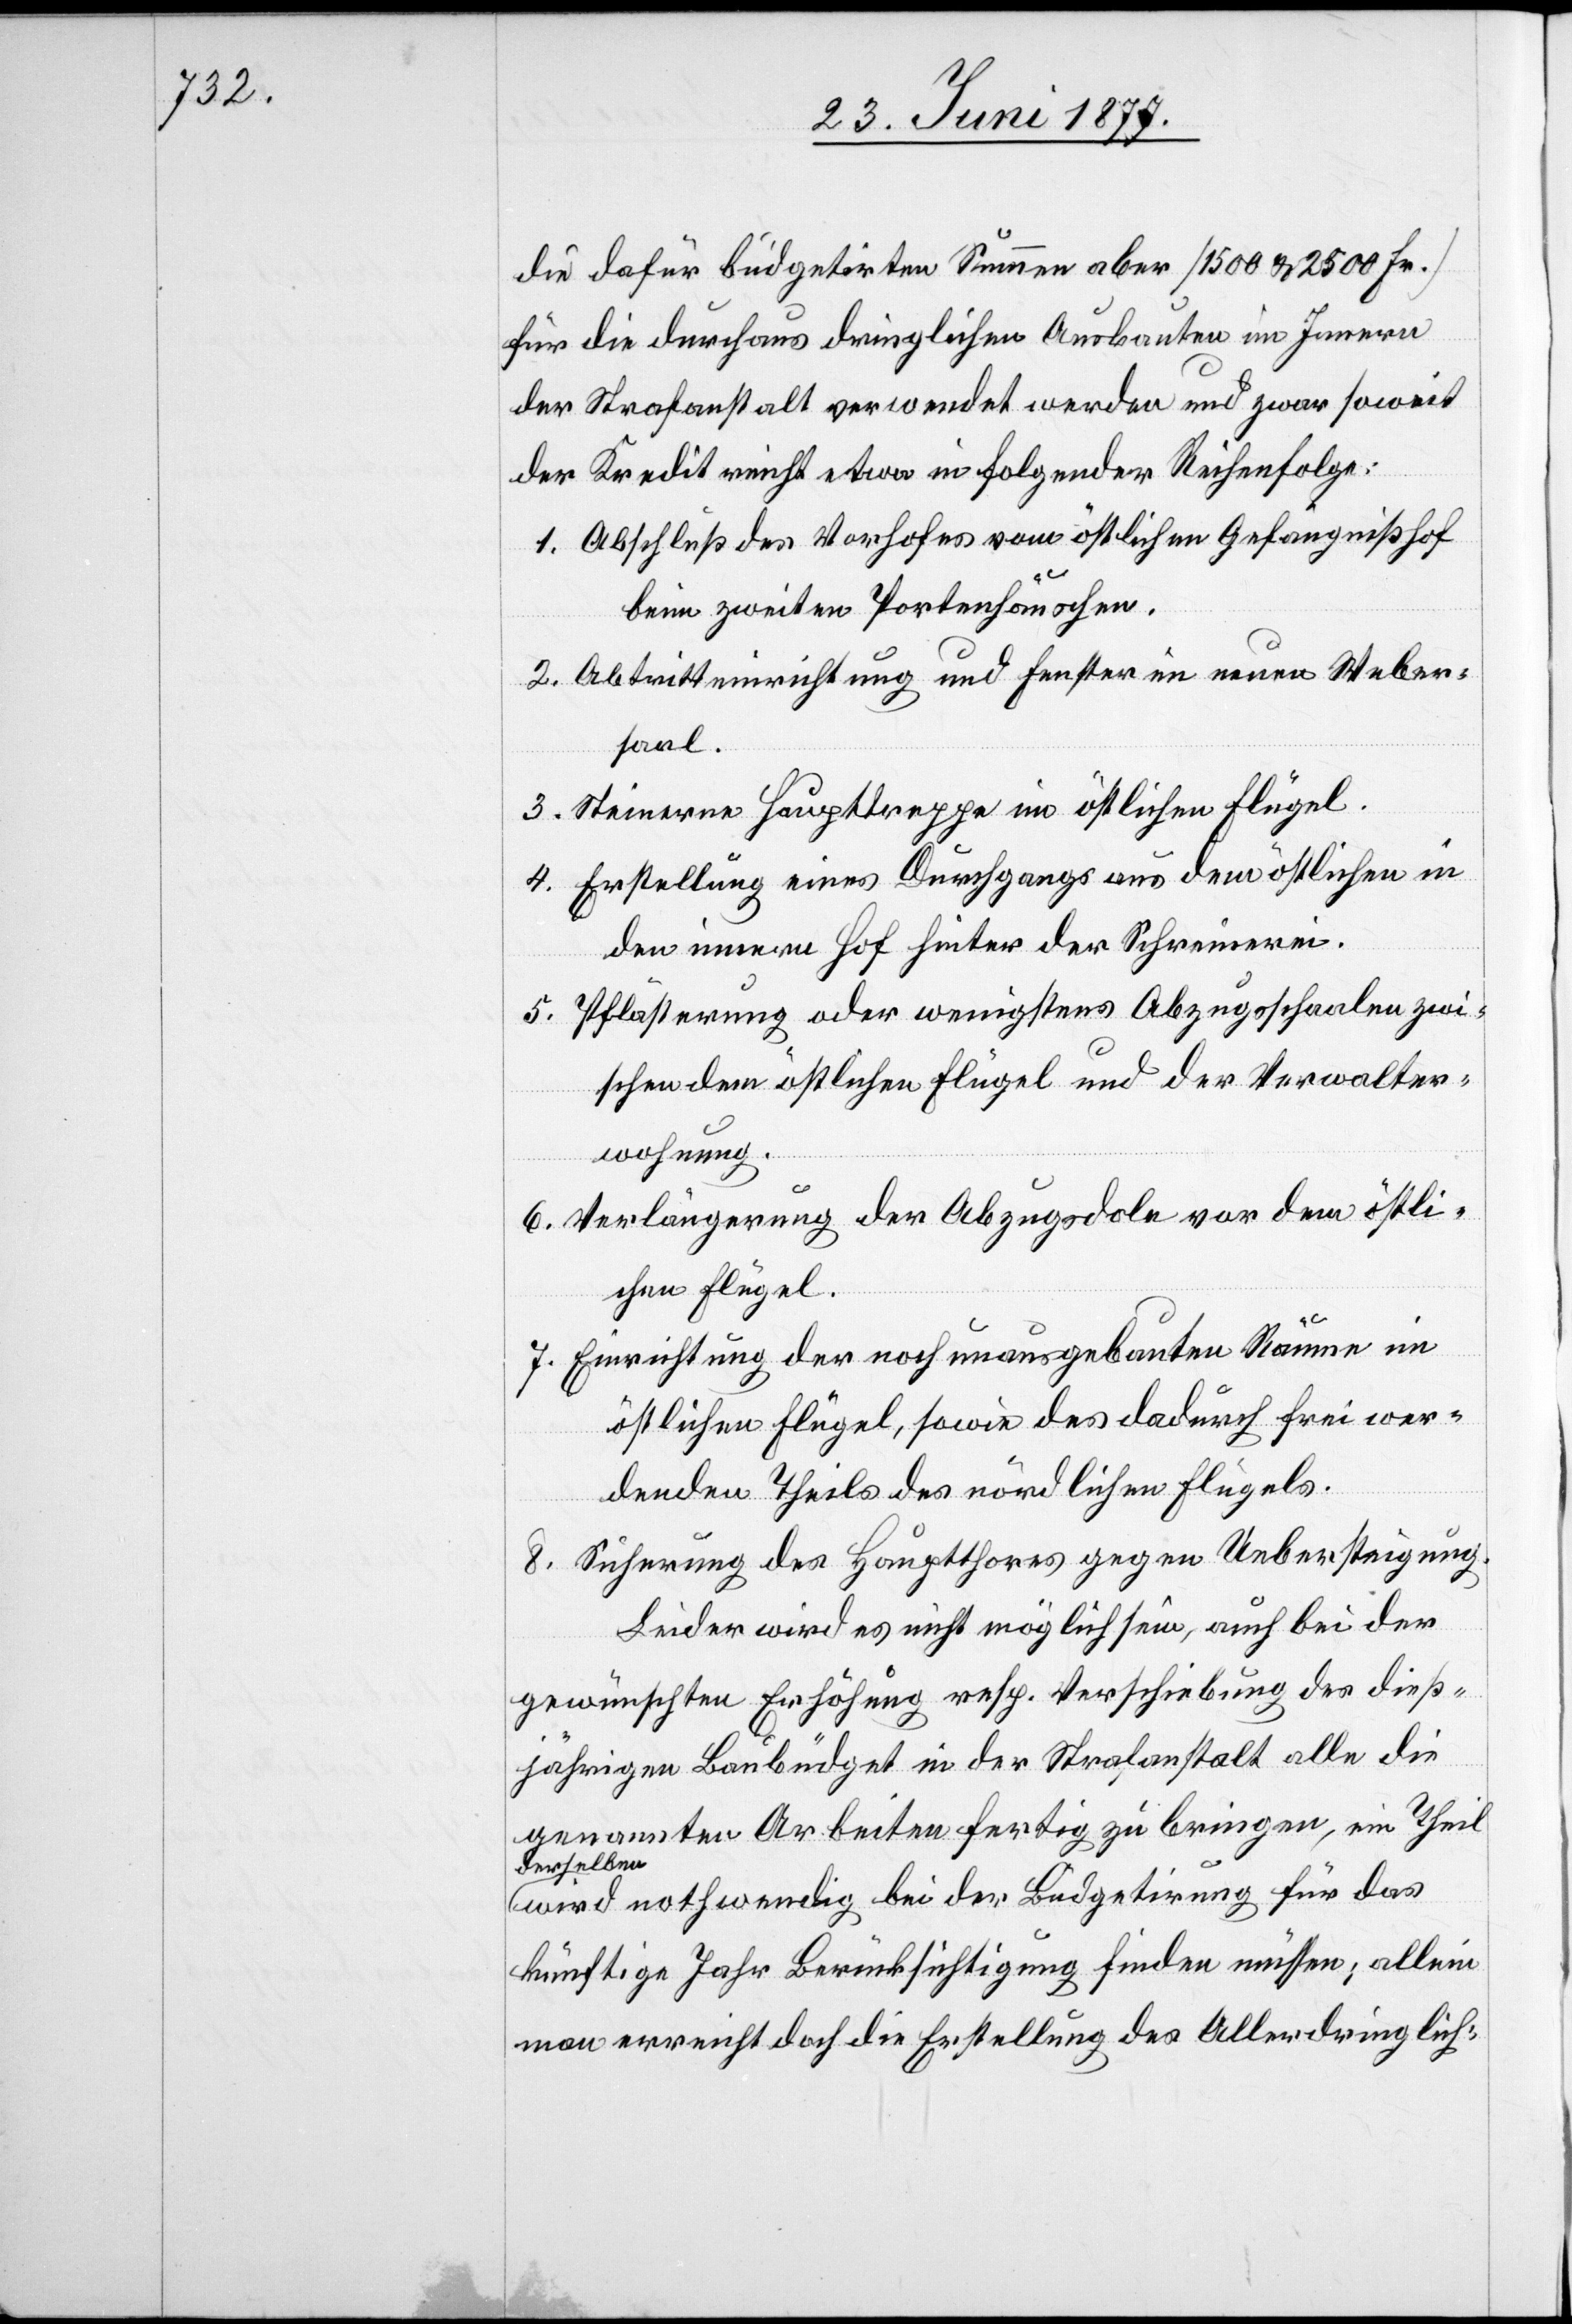
die dafür büdgetirten Summen aber [1500 & 2500 Fr.]
für die durchaus dringlichen Ausbauten im Innern
der Strafanstalt verwendet werden und zwar soweit
der Kredit reicht etwa in folgender Reihenfolge:
1. Abschluß des Vorhofes vom östlichen Gefängnißhof
beim zweiten Portenhäuschen.
2. Abtritteinrichtung und Fenster im neuen Weber¬
saal.
3. Steinerne Haupttreppe im östlichen Flügel.
4. Erstellung eines Durchgangs aus dem östlichen in
den innern Hof hinter der Spinnerei.
5. Pflästerung oder wenigstens Abzugsschaalen zwi¬
schen dem östlichen Flügel und der Verwalter¬
wohnung.
6. Verlängerung der Abzugsdole vor dem östli¬
chen Flügel.
7. Einrichtung der noch unausgebauten Räume im
östlichen Flügel, sowie des dadurch frei wer¬
denden Theils des nördlichen Flügels.
8. Sicherung des Hauptthores gegen Uebersteigung.
Leider wird es nicht möglich sein, auch bei der
gewünschten Erhöhung resp. Verschiebung des dieß¬
jährigen Baubüdget in der Strafanstalt alle die
genannten Arbeiten fertig zu bringen, ein Theil
a-derselben-a
wird nothwendig bei der Büdgetirung für das
künftige Jahr Berücksichtigung finden müssen; allein
man erreicht doch die Erstellung des Allerdringlich-